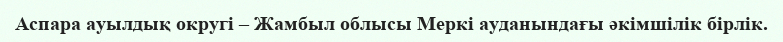
Аспара ауылдық округі – Жамбыл облысы Меркі ауданындағы әкімшілік бірлік.